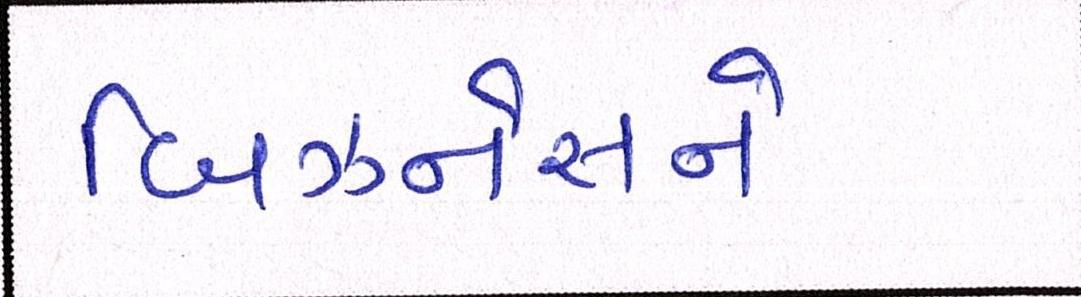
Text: બિઝનેસને